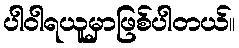
ပါဝါရယူမှာဖြစ်ပါတယ်။